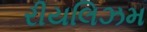
રીયલિઝમ